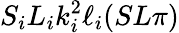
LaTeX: S_{i}L_{i}k_{i}^{2}\ell_{i}(SL\pi)